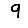
Digit: 9